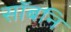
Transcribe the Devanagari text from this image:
सॉबनि